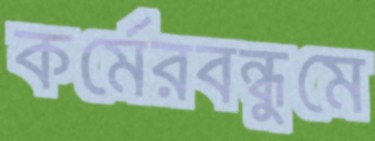
কর্মেরবন্ধুমে